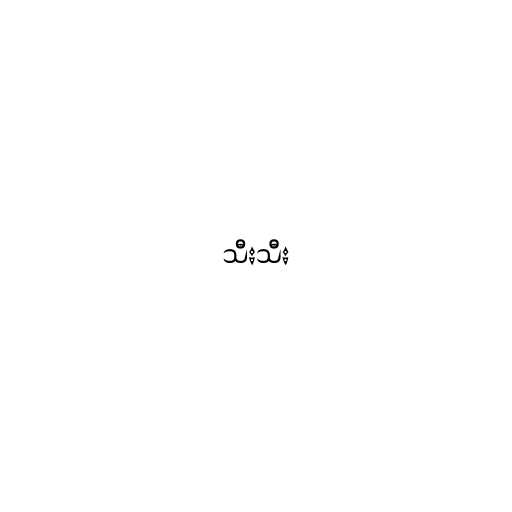
သီးသီး